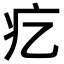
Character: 𤴥